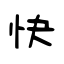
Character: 快